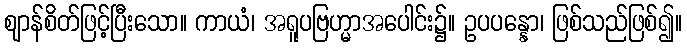
ဈာန်စိတ်ဖြင့်ပြီးသော။ ကာယံ၊ အရူပဗြဟ္မာအပေါင်း၌။ ဥပပန္နော၊ ဖြစ်သည်ဖြစ်၍။